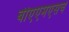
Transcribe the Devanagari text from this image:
बीएएमएसचे